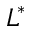
L ^ { * }